system: You are a helpful assistant.
user:
Analyze the provided spectrum to determine if it is a **"Cataclysmic Variables (CV)"**.

- **Key Indicators for CV (Check for either state):**
    - **State 1: Quiescent / Low-State (Emission-Dominated)**
        - **(Primary):** Strong and *very broad* Hydrogen Balmer emission lines (e.g., $H\alpha$ at 6563 Å, $H\beta$ at 4861 Å). The 'broadness' (high velocity dispersion, often FWHM > 1000 km/s) is the key diagnostic, indicating a high-velocity accretion disk.
        - **(Secondary):** Broad neutral Helium (He I) emission lines (e.g., 5876 Å, 6678 Å).
        - **(Key Confirmation):** Presence of high-excitation *ionized* Helium (He II) emission at 4686 Å. This is a strong indicator of accretion onto a white dwarf.
        - **(Line Profile):** Emission lines may exhibit a 'double-peaked' profile, which is a classic signature of a rotating accretion disk viewed at high inclination.

    - **State 2: Outburst / High-State (Absorption-Dominated)**
        - **(Primary):** Spectrum is dominated by a bright, blue continuum (looks like a hot star).
        - **(Secondary):** The emission lines from State 1 are weak, absent, or 'filled in', and are replaced by broad, shallow *absorption* lines (primarily Balmer and He I).
        - **(Morphology):** The overall spectrum mimics a hot B/A-type star. The crucial difference is that the absorption lines are significantly broader, shallower, and more 'washed-out' (or 'smeared') than the sharp lines of a normal stellar photosphere, due to high rotational speeds and pressure broadening in the disk.

Think first, call **spectral_visualization_tool** if needed to examine features in detail, then provide your final answer. Your response must adhere to the following strict rules:
1.  **Overall Structure:** Your response must follow the format `<think>...</think> <tool_call>...</tool_call> (if a tool is used) <answer>...</answer>`.
2.  **Tool Usage Constraint:** You may only make **one** tool call per turn.
3.  **Final Answer Format:** In the `<answer>` tag, your conclusion must be inside a `\boxed{}` command (e.g., `\boxed{YES}`), followed by your justification.

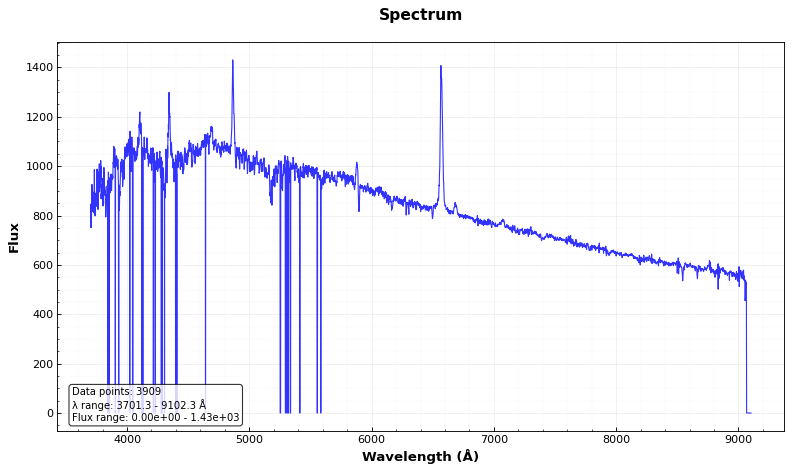
Answer: YES